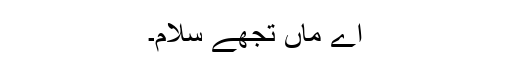
اے ماں تجھے سلام۔